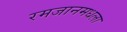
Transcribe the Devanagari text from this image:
रमजानमधला